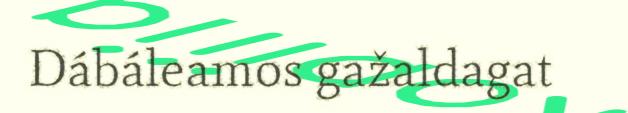
Dábáleamos gažaldagat